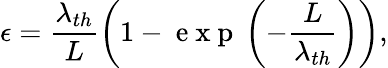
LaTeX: \epsilon=\frac{\lambda_{th}}{L}\left(1-\mathrm{~e~x~p~}\left(-\frac{L}{\lambda_{th}}\right)\right),